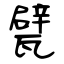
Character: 甓